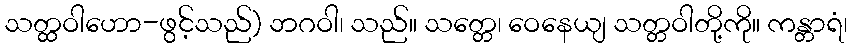
သတ္ထဝါဟော-ဖွင့်သည်) ဘဂဝါ၊ သည်။ သတ္တေ၊ ဝေနေယျ သတ္တဝါတို့ကို။ ကန္တာရံ၊